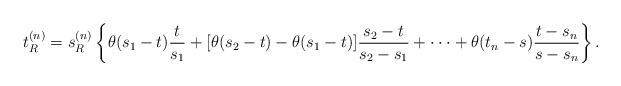
\begin{align*}t_R^{(n)}=s_R^{(n)}\left\{\theta(s_1-t) {t\over s_1} +[\theta(s_2-t)-\theta(s_1-t)]{s_2-t\over s_2-s_1} +\cdot\cdot\cdot+\theta(t_n-s){t-s_n\over s-s_n}\right\}.\end{align*}